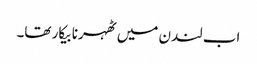
اب لندن میں ٹھہرنا بیکار تھا۔